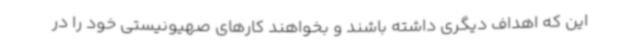
این که اهداف دیگری داشته باشند و بخواهند کارهای صهیونیستی خود را در